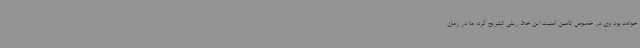
خواهد بود وی در خصوص تامین امنیت این خط ریلی تشریح کرد: ما در زمان